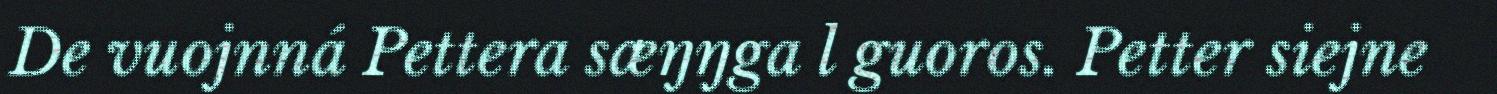
De vuojnná Pettera sæŋŋga l guoros. Petter siejne